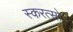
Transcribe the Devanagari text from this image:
स्करत्सो